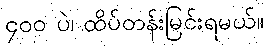
၄၀၀ ပဲ၊ ထိပ်တန်းမြင်းရမယ်။